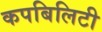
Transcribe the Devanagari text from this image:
कपबिलिटी